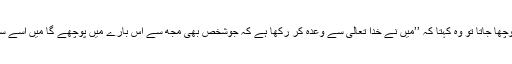
جب اس سے اس بارے میںپوچھا جاتا تو وہ کہتا کہ ’’میں نے خدا تعالیٰ سے وعدہ کر رکھا ہے کہ جوشخص بھی مجھ سے اس بارے میں پوچھے گا میں اسے سارا واقعہ سچ سچ بتادو ں گا ۔